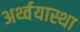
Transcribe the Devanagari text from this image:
अर्थ्वयास्था